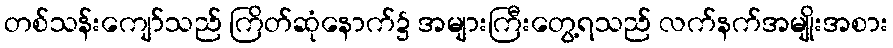
တစ်သန်းကျော်သည် ကြိတ်ဆုံနောက်၌ အများကြီးတွေ့ရသည် လက်နက်အမျိုးအစား